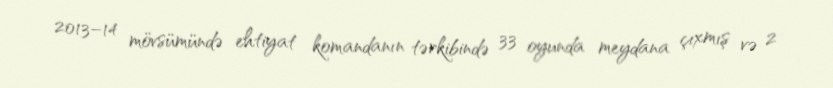
2013–14 mövsümündə ehtiyat komandanın tərkibində 33 oyunda meydana çıxmış və 2